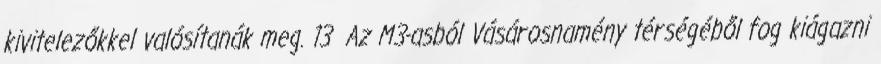
kivitelezőkkel valósítanák meg. 13 Az M3-asból Vásárosnamény térségéből fog kiágazni